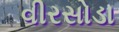
વીરસોડા